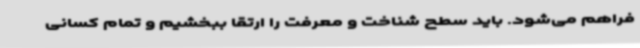
فراهم می‌شود. باید سطح شناخت و معرفت را ارتقا ببخشیم و تمام کسانی